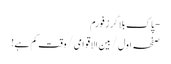
- پاک بلاگرز فورم
صفحہ اول / بین الاقوامی / وقت کم ہے!